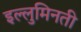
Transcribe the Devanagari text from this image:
इल्लुमिनती